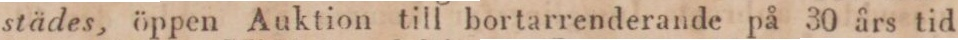
städes, öppen Auktion till bortarrenderande på 30 års tid